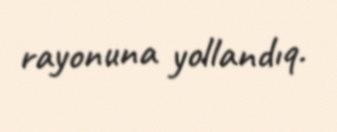
rayonuna yollandıq.